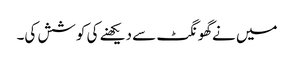
میں نےگھونگٹ سے دیکھنے کی کوشش کی۔